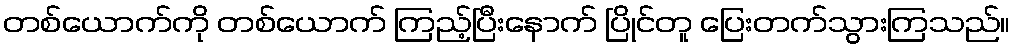
တစ်ယောက်ကို တစ်ယောက် ကြည့်ပြီးနောက် ပြိုင်တူ ပြေးတက်သွားကြသည်။